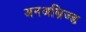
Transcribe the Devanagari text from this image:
अनअब्रिज्ड